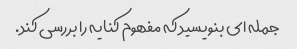
جمله ای بنویسید که مفهوم کنایه را بررسی کند.